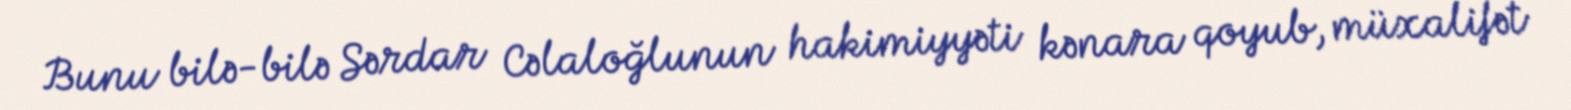
Bunu bilə-bilə Sərdar Cəlaloğlunun hakimiyyəti kənara qoyub, müxalifət